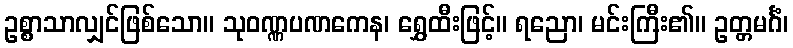
ဥစ္စာသာလျှင်ဖြစ်သော။ သုဝဏ္ဏပဏကေန၊ ရွှေထီးဖြင့်။ ရညော၊ မင်းကြီး၏။ ဥတ္တမင်္ဂံ၊